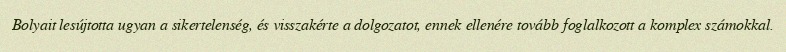
Bolyait lesújtotta ugyan a sikertelenség, és visszakérte a dolgozatot, ennek ellenére tovább foglalkozott a komplex számokkal.